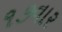
૧૭વાર